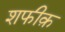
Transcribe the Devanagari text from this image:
शफीक़